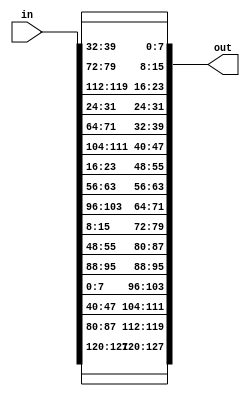
`timescale 1ns / 1ps
//////////////////////////////////////////////////////////////////////////////////
// Company: 
// Engineer: 
// 
// Design Name: 
// Module Name: ShiftRows
// Project Name: 
// Target Devices: 
// Tool Versions: 
// Description: 
// 
// Dependencies: 
// 
// Revision:
// Revision 0.01 - File Created
// Additional Comments:
// 
//////////////////////////////////////////////////////////////////////////////////


module ShiftRows(in,out);
input [0:127]in;
output reg [0:127]out;
integer col,row;
reg [0:127]tmp1,tmp2;

always@*
begin

for(row=0;row<4;row=row+1)
begin
for(col=0;col<4;col=col+1)
begin
tmp1[((8*col)+(32*row))+:8]=in[((8*row)+(32*col))+:8];
end
end
end

always@*
begin
for(row=0;row<4;row=row+1)
begin
tmp2[(32*row)+:32]=sift(row,tmp1[(32*row)+:32]); //tmp1[(8*row)+:8*(4-row)];
end
end

always@*
begin

for(row=0;row<4;row=row+1)
begin
for(col=0;col<4;col=col+1)
begin
out[((8*col)+(32*row))+:8]=tmp2[((8*row)+(32*col))+:8];
end
end
end

function [0:31]sift(input [0:1]row,input [0:31]a);
begin
case(row)
0: sift[0:31]=a[0:31];
1: sift[0:31]={a[8+:24],a[0+:8]};
2: sift[0:31]={a[16+:16],a[0+:16]};
3: sift[0:31]={a[24+:8],a[0+:24]};
endcase
end
endfunction

endmodule